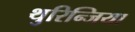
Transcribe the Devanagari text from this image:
थुरिन्जिया